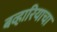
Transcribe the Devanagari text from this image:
बव्हारियाचा